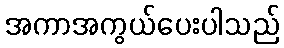
အကာအကွယ်ပေးပါသည်